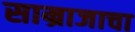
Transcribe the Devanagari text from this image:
साम्राजाचा